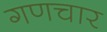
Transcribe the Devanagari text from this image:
गणचार